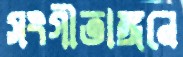
সংগীতাঙ্গনে